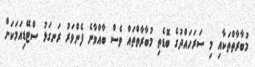
މުބާރާތްތަކާއި މި ސަރަހައްދުގެ ބޮޑެތި މުބާރާތްތައް ވެސް ބާއްވާނެ ފެންވަރު ރަނގަޅު ސްޓޭޑިއަމަކަށް